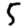
Digit: 5